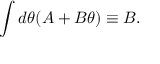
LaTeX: \int d \theta ( A + B \theta ) \equiv B .